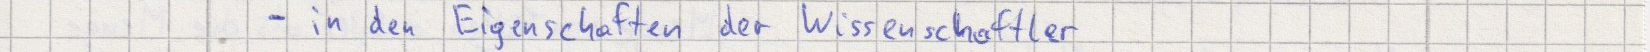
- in den Eigenschaften der Wissenschaftler